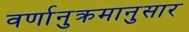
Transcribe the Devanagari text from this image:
वर्णानुक्रमानुसार